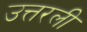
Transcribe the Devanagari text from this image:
उत्तरली